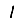
Digit: 1